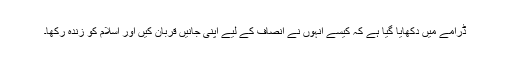
ڈرامے میں دکھایا گیا ہے کہ کیسے انہوں نے انصاف کے لیے اپنی جانیں قربان کیں اور اسلام کو زندہ رکھا۔